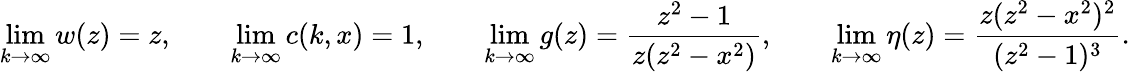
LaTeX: \operatorname*{lim}_{k\rightarrow\infty}w(z)=z,\qquad\operatorname*{lim}_{k\rightarrow\infty}c(k,x)=1,\qquad\operatorname*{lim}_{k\rightarrow\infty}g(z)=\frac{z^{2}-1}{z(z^{2}-x^{2})},\qquad\operatorname*{lim}_{k\rightarrow\infty}\eta(z)=\frac{z(z^{2}-x^{2})^{2}}{(z^{2}-1)^{3}}.